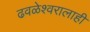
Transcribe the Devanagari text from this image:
ढवळेश्वरालाही